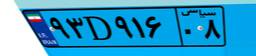
۸۵D۴۷۴۶۵